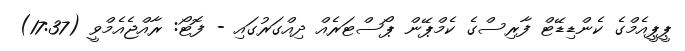
ޕީޕީއެމްގެ ކެންޑިޑޭޓް ފާރިސްގެ ކެމްޕޭން ޕޯސްޓަރެއް ދިއްގަރުގައި - ފޮޓޯ: ރާއްޖެއެމްވީ (17:37)